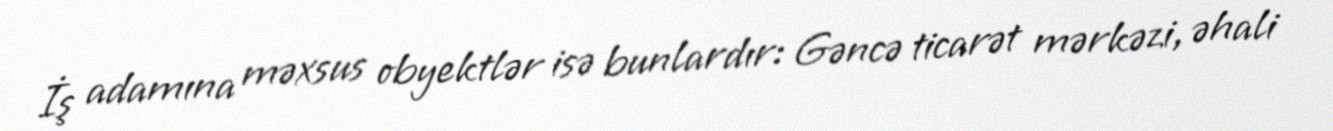
İş adamına məxsus obyektlər isə bunlardır: Gəncə ticarət mərkəzi, əhali